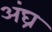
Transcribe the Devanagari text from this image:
अंघ्र